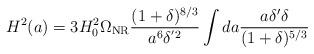
LaTeX: \begin{align*}H^2(a) = 3 H_0^2 \Omega_{\rm NR} \frac{(1+\delta)^{8/3}}{a^6 \delta^{'2}}\int da \frac{a\delta' \delta}{(1+\delta)^{5/3}}\end{align*}